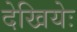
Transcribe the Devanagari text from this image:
देखियेः